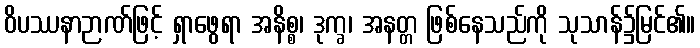
ဝိပဿနာဉာဏ်ဖြင့် ရှာဖွေရာ အနိစ္စ၊ ဒုက္ခ၊ အနတ္တ ဖြစ်နေသည်ကို သုသာန်၌မြင်၏။